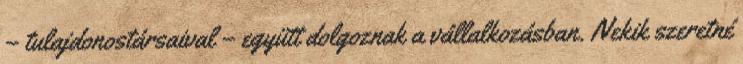
– tulajdonostársaival – együtt dolgoznak a vállalkozásban. Nekik szeretné